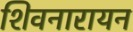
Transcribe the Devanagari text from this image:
शिवनारायन